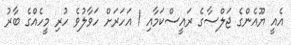
އެއީ ޔޫއެންގެ ޖަލްސާގެ ރައީސްކަމާއި 1 އަހަރަށް ހަވާލުވެ ހުރި މީހެއްގެ ބާރު